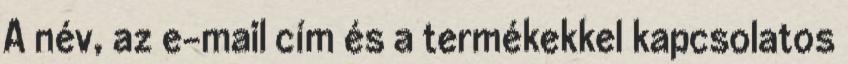
A név, az e-mail cím és a termékekkel kapcsolatos